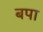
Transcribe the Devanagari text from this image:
बपा